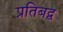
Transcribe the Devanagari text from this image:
प्रतिबद्व